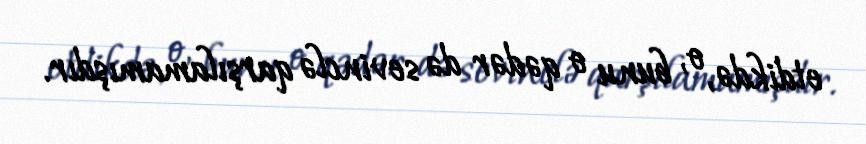
etdikdə, o, bunu o qədər də sevinclə qarşılamamışdır.